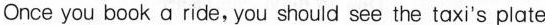
Once you book a ride, you should see the taxi's plate